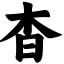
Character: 杳